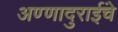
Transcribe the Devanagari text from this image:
अण्णादुराईंचे